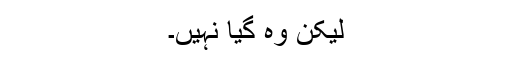
لیکن وہ گیا نہیں۔